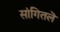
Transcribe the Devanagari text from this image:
सांगितलॆ